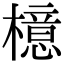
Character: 檍